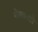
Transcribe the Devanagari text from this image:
मैक्कार्टी